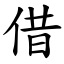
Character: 借